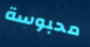
محبوسة